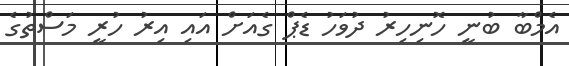
އެމްބާ ބުނީ ހޮނިހިރު ދުވަހު ޑެޕް ގެއަށް އައި އިރު ހުރީ މަސްތުގެ